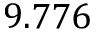
9 . 7 7 6